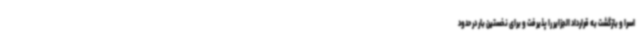
اسرا و بازگشت به قرارداد الجزایر را پذیرفت و برای نخستین بار در حدود